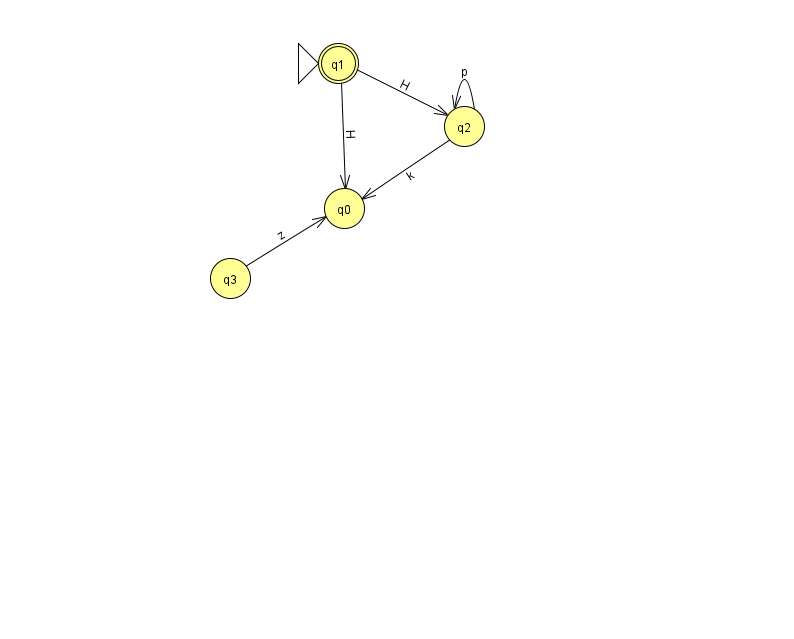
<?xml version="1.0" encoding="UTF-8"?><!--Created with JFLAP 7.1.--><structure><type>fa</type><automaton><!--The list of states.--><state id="0" name="q0"><x>344.0</x><y>195.0</y></state><state id="1" name="q1"><x>338.0</x><y>50.0</y><initial/><final/></state><state id="2" name="q2"><x>464.0</x><y>113.0</y></state><state id="3" name="q3"><x>230.0</x><y>265.0</y></state><!--The list of transitions.--><transition><from>1</from><to>2</to><read>H</read></transition><transition><from>2</from><to>0</to><read>k</read></transition><transition><from>2</from><to>2</to><read>p</read></transition><transition><from>3</from><to>0</to><read>z</read></transition><transition><from>1</from><to>0</to><read>H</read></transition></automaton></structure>